Indian journal of veterinary science and animal husbandry - Volumes 22-23, 1952-1953
Year: 1952
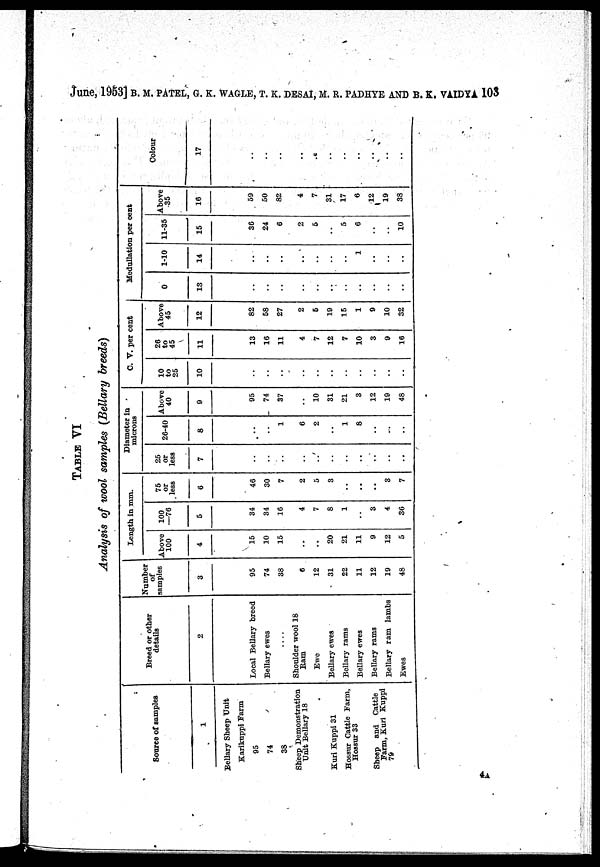
June, 1953] B. M. PATEL, G. K. WAGLE, T. K. DESAI, M. R. PADHYE AND B. K. VAIDYA 103
TABLE VI
Analysis of wool samples (Bellary breeds)
Source of samples
1
Bellary Sheep Unit
Karikuppi Farm
95
74
38
Sheep Demonstration
Unit Bellary 18
Kuri Kuppi 31
Hossur Cattle Farm,
Hossur 33
Sheep and Cattle
Farm, Kuri Kuppi
79
Breed or other
details
2
Local Bellary breed
Bellary ewes
Shoulder wool 18
Ram
Ewe
Bellary ewes
Bellary rams
Bellary ewes
Bellary rams
Bellary ram lambs
Ewes
Number
of
samples
3
95
74
38
6
12
31
22
11
12
19
48
Length in mm.
Above
100
4
15
10
15
..
..
20
21
11
9
12
5
100
—76
5
34
34
16
4
7
8
1
3
4
36
75
or
less
6
46
30
7
2
5
3
..
..
3
7
Diameter in
microns
25
or
less
7
..
..
26-40
8
..
1
6
2
..
1
8
..
Above
40
9
95
_ 74
37
..
10
31
21
3
12
19
48
C. V. per cent
10
to
25
10
..
26
to
45
11
13
16
11
4
7
12
7
10
3
9
16
Above
45
12
82
58
27
2
5
19
15
1
9
10
32
Medullation per cent
0
13
..
..
..
..
1-10
14
..
..
..
..
1
11-35
15
36
24
6
2
5
5
6
10
Above
35
16
59
50
82
4
7
31
17
6
12
19
38
Colour
17
..
..
..
..
..
..
..
..
..
..
..